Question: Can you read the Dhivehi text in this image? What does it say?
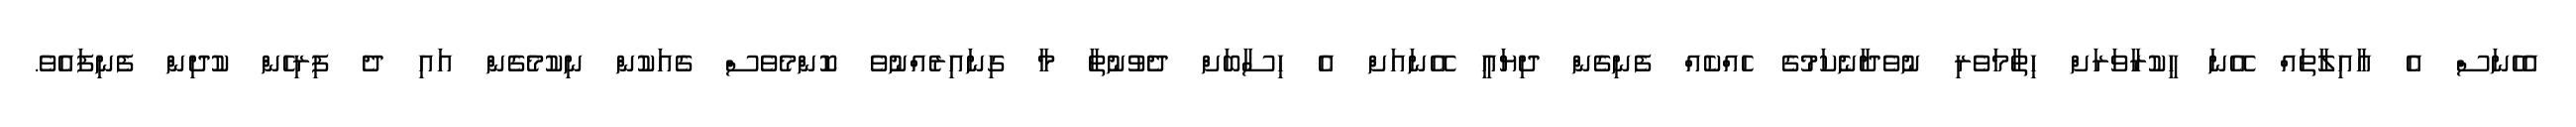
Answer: އެހެނަސް އެ ޢާއިލާތައް އޭނަ ހީކުރާވަރަށް ހިތާމަވެރި ނުވެދާނެކަމުގެ ހެއްކެއް ފެނިގެން ދިޔައީ އޭނައަށް އެ ހިސާބަށް ދެވުނުތާ މާ ގިނައިރެއްނުވެ ކޮންމެވެސް ގެއަކުން ނިކުމެގެން އައި ދެ ފިރިހެން ކުދިން ފެނިފައެވެ.